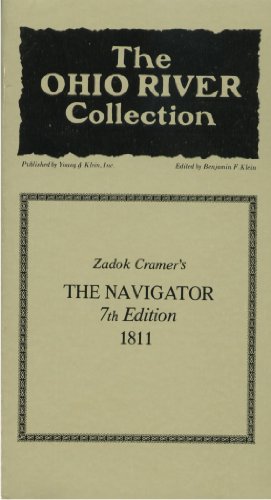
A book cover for Zadok Cramer's the navigator (The Ohio River collection); Zadok Cramer; Travel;